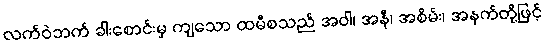
လက်ဝဲဘက် ခါးစောင်းမှ ကျသော ထမီစသည် အဝါ၊ အနီ၊ အစိမ်း၊ အနက်တို့ဖြင့်